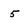
Character: 5